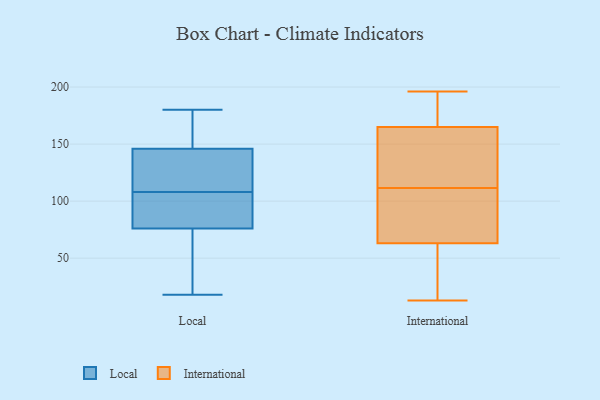
{"axis": {"x": "Inventory Turnover", "y": "Value"}, "legend": ["International", "Local"], "data": [{"x": "", "y": 146, "type": "Local"}, {"x": "", "y": 76, "type": "Local"}, {"x": "", "y": 160, "type": "Local"}, {"x": "", "y": 18, "type": "Local"}, {"x": "", "y": 95, "type": "Local"}, {"x": "", "y": 108, "type": "Local"}, {"x": "", "y": 145, "type": "Local"}, {"x": "", "y": 108, "type": "Local"}, {"x": "", "y": 180, "type": "Local"}, {"x": "", "y": 56, "type": "Local"}, {"x": "", "y": 162, "type": "International"}, {"x": "", "y": 132, "type": "International"}, {"x": "", "y": 184, "type": "International"}, {"x": "", "y": 13, "type": "International"}, {"x": "", "y": 91, "type": "International"}, {"x": "", "y": 165, "type": "International"}, {"x": "", "y": 196, "type": "International"}, {"x": "", "y": 32, "type": "International"}, {"x": "", "y": 69, "type": "International"}, {"x": "", "y": 190, "type": "International"}, {"x": "", "y": 147, "type": "International"}, {"x": "", "y": 38, "type": "International"}, {"x": "", "y": 79, "type": "International"}, {"x": "", "y": 63, "type": "International"}]}